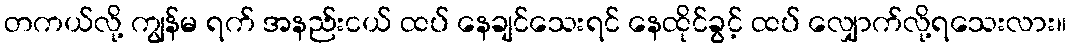
တကယ်လို့ ကျွန်မ ရက် အနည်းငယ် ထပ် နေချင်သေးရင် နေထိုင်ခွင့် ထပ် လျှောက်လို့ရသေးလား။